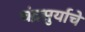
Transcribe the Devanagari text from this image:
चंद्रसुर्याचे